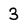
Character: 3